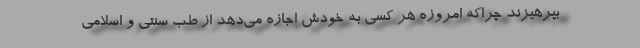
بپرهیزند چراکه امروزه هر کسی به خودش اجازه می‌دهد از طب سنتی و اسلامی